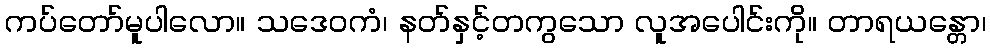
ကပ်တော်မူပါလော။ သဒေဝကံ၊ နတ်နှင့်တကွသော လူအပေါင်းကို။ တာရယန္တော၊